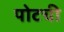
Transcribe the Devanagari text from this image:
पोटची